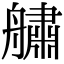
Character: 𦪓